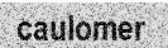
caulomer